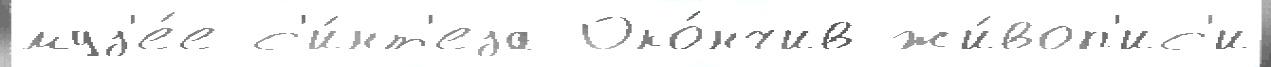
муз'е́е с'и́нт'еза Око́нчив жи́воп'ис'и